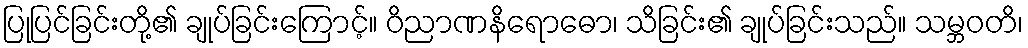
ပြုပြင်ခြင်းတို့၏ ချုပ်ခြင်းကြောင့်။ ဝိညာဏနိရောဓော၊ သိခြင်း၏ ချုပ်ခြင်းသည်။ သမ္ဘဝတိ၊